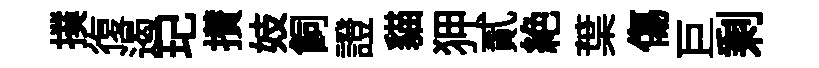
撲復遏玘攅妓飼證貓狎貳絶葉傷巨剩